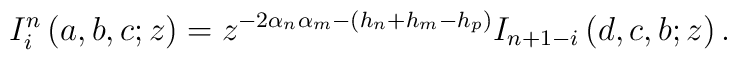
I_{i}^{n}\left( a,b,c;z\right) =z^{-2\alpha _{n}\alpha _{m}-\left(h_{n}+h_{m}-h_{p}\right) }I_{n+1-i}\left( d,c,b;z\right) .